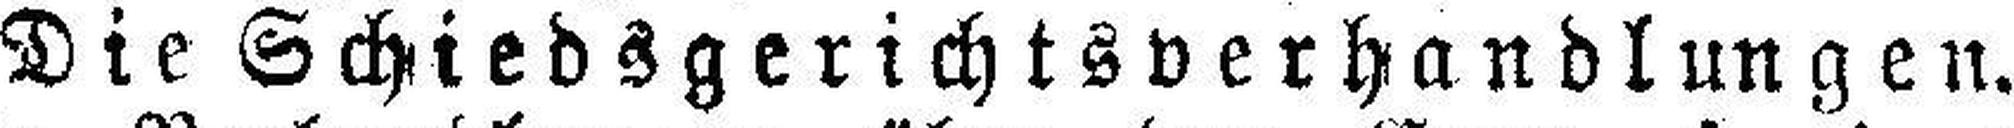
Die Schiedsgerichtsverhandlungen.